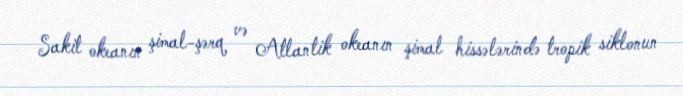
Sakit okeanın şimal-şərq və Atlantik okeanın şimal hissələrində tropik siklonun